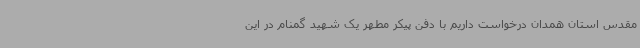
مقدس استان همدان درخواست داریم با دفن پیکر مطهر یک شهید گمنام در این